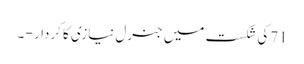
71کی شکست میں جنرل نیازی کا کردار - ۔